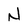
Character: N